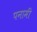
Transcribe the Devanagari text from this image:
पनामी